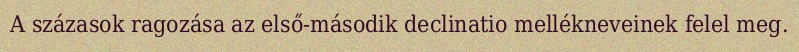
A százasok ragozása az első-második declinatio mellékneveinek felel meg.